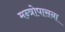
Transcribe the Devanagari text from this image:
मन्त्रोपासना